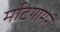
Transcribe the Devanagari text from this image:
र्माटगोमरी